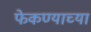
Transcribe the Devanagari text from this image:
फेकण्याच्या